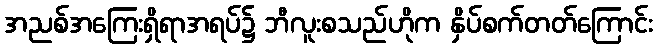
အညစ်အကြေးရှိရာအရပ်၌ ဘီလူးစသည်ဟိုက နှိပ်စက်တတ်ကြောင်း